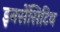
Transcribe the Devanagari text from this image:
इनसेंसिटिव